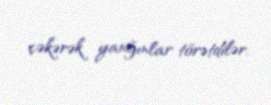
çəkərək yanğınlar törətdilər.